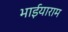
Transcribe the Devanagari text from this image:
भाईयाराम